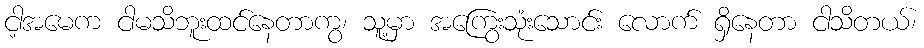
ငါ့အမေက ငါမသိဘူးထင်နေတာကွ၊ သူ့မှာ အကြွေးသုံးသောင်း လောက် ရှိနေတာ ငါသိတယ်၊